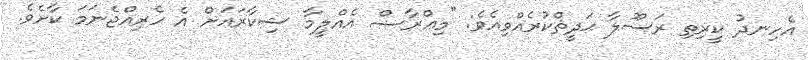
އެހިނދު ކީރިތި ރަސޫލާ ޙަދީޘްކުރެއްވިއެވެ: "މިޢްރާޟް އެއްލީމާ ޝިކާރައަށް އެ ހެރިއްޖެނަމަ ކާށެވެ.